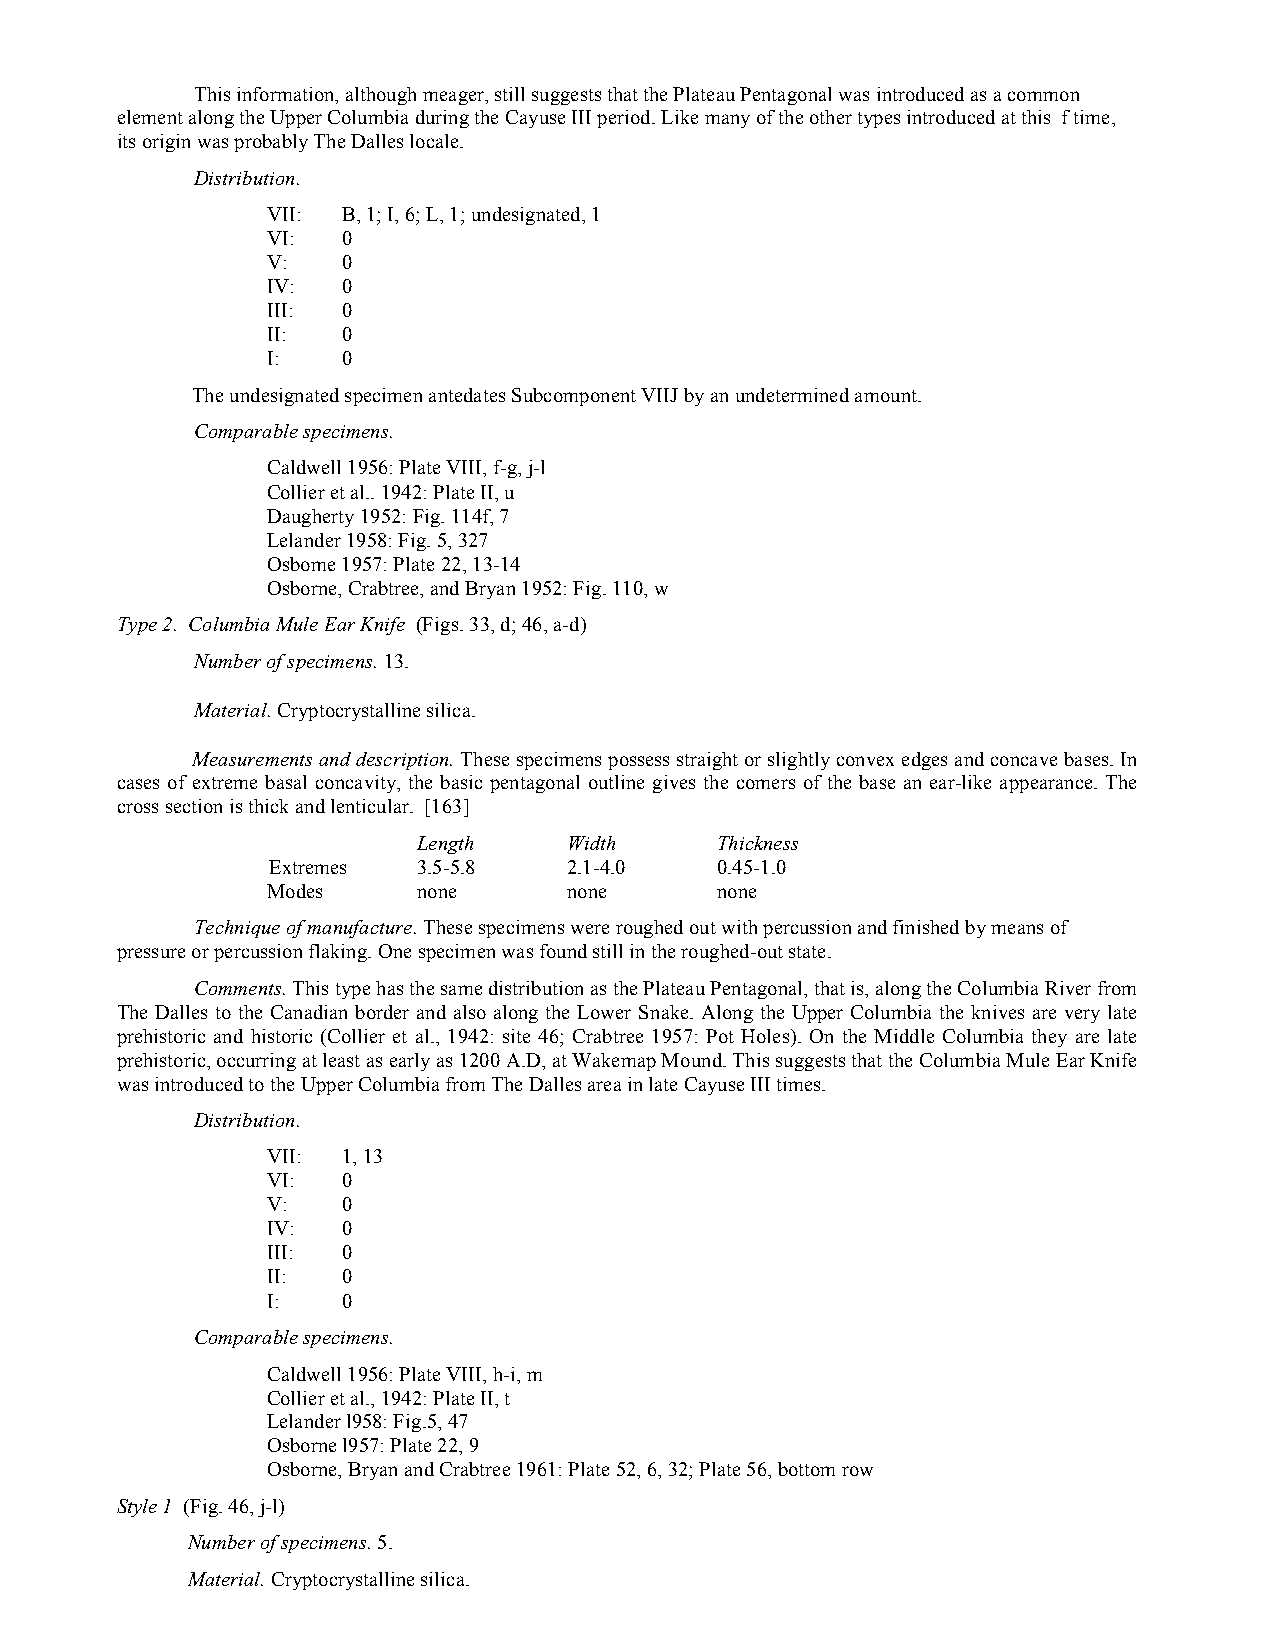
This information, although meager, still suggests that the Plateau Pentagonal was introduced as a common
 element along the Upper Columbia during the Cayuse III period. Like many of the other types introduced at this f time,
 its origin was probably The Dalles locale.
 Distribution.
 VII: B, 1; I, 6; L, 1; undesignated, 1
 VI:  0
 V:   0
 IV:  0
 III: 0
 II:  0
 I:   0
 The undesignated specimen antedates Subcomponent VIIJ by an undetermined amount.
 Comparable specimens.
 Caldwell 1956: Plate VIII, f-g, j-l
 Collier et al.. 1942: Plate II, u
 Daugherty 1952: Fig. 114f, 7
 Lelander 1958: Fig. 5, 327
 Osbome 1957: Plate 22, 13-14
 Osborne, Crabtree, and Bryan 1952: Fig. 110, w
 Type 2. Columbia Mule Ear Knife (Figs. 33, d; 46, a-d)
 Number of specimens. 13.
 Material. Cryptocrystalline silica.
 Measurements and description. These specimens possess straight or slightly convex edges and concave bases. In
 cases of extreme basal concavity, the basic pentagonal outline gives the comers of the base an ear-like appearance. The
 cross section is thick and lenticular. [163]
 Length    Width    Thickness
 Extremes  3.5-5.8   2.1-4.0  0.45-1.0
 Modes     none      none     none
 Technique of manufacture. These specimens were roughed out with percussion and finished by means of
 pressure or percussion flaking. One specimen was found still in the roughed-out state.
 Comments. This type has the same distribution as the Plateau Pentagonal, that is, along the Columbia River from
 The Dalles to the Canadian border and also along the Lower Snake. Along the Upper Columbia the knives are very late
 prehistoric and historic (Collier et al., 1942: site 46; Crabtree 1957: Pot Holes). On the Middle Columbia they are late
 prehistoric, occurring at least as early as 1200 A.D, at Wakemap Mound. This suggests that the Columbia Mule Ear Knife
 was introduced to the Upper Columbia from The Dalles area in late Cayuse III times.
 Distribution.
 VII: 1, 13
 VI:  0
 V:   0
 IV:  0
 III: 0
 II:  0
 I:   0
 Comparable specimens.
 Caldwell 1956: Plate VIII, h-i, m
 Collier et al., 1942: Plate II, t
 Lelander l958: Fig.5, 47
 Osborne l957: Plate 22, 9
 Osborne, Bryan and Crabtree 1961: Plate 52, 6, 32; Plate 56, bottom row
 Style 1 (Fig. 46, j-l)
 Number of specimens. 5.
 Material. Cryptocrystalline silica.